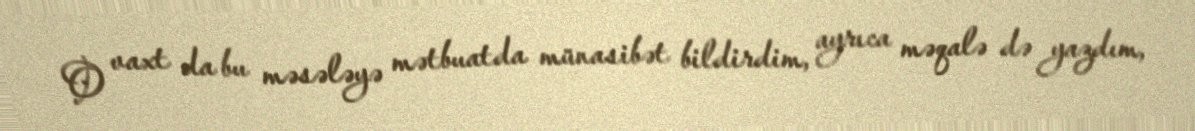
O vaxt da bu məsələyə mətbuatda münasibət bildirdim, ayrıca məqalə də yazdım,